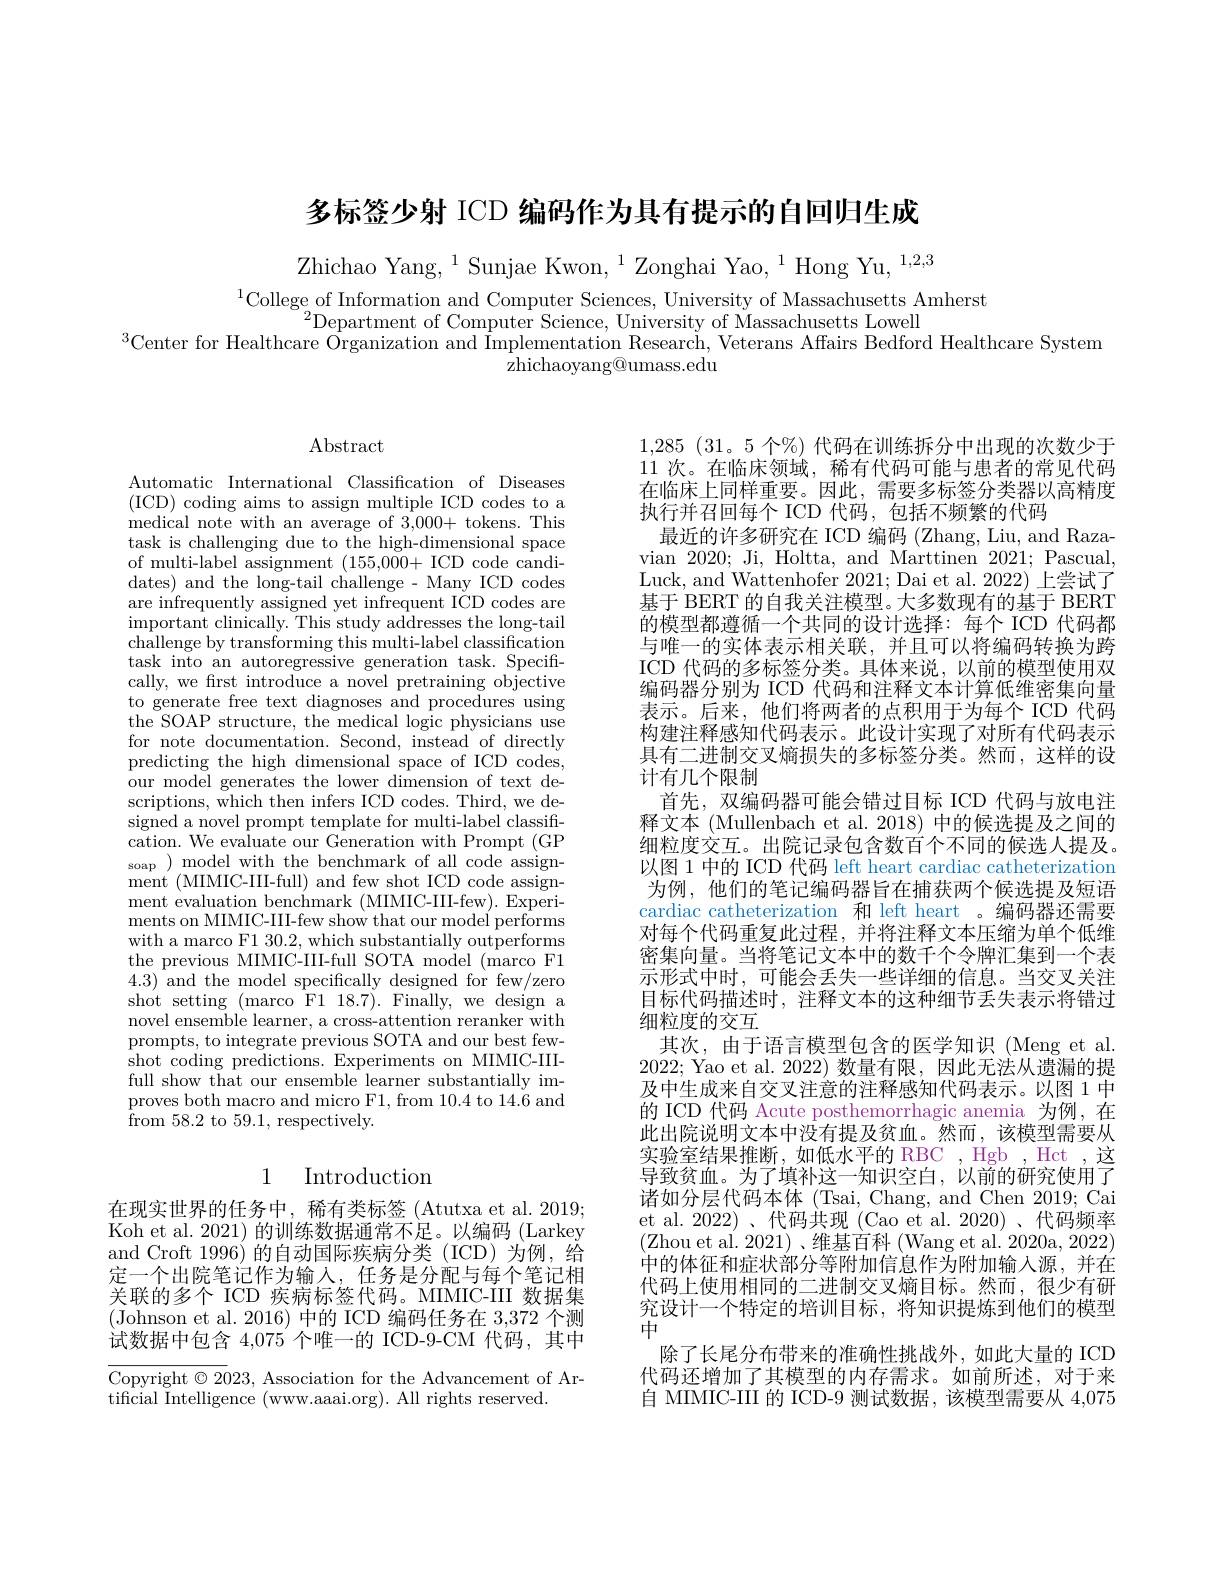
多标签少射 ICD 编码作为具有提示的自回归生成

Zhichao Yang, $^1$Sunjae Kwon,$^1$Zonghai Yao,$^1$Hong Yu,$^{1,2,3}$

$^{1}$College of Information and Computer Sciences, University of Massachusetts Amherst
$^{2}$Department of Computer Science, University of Massachusetts Lowell
$^{3}$Center for Healthcare Organization and Implementation Research, Veterans Affairs Bedford Healthcare System
zhichaoyang@umass.edu

$\operatorname{Abstract}$

Automatic International Classification of Diseases ( ICD) coding aims to assign multiple ICD codes to a ${\mathrm{medical~note~with~an~average~of~3,000+~tokens.~This}}$ task is challenging due to the high-dimensional space of multi-label assignment $(155,0\bar{0}0+$ ICD code candidates) and the long-tail challenge - Many ICD codes are infrequently assigned yet infrequent ICD codes are important clinically. This study addresses the long-tail $\bar{\text{challenge by transforming this multi-label classification}}$ task into an autoregressive generation task. Specifically, we first introduce a novel pretraining objective to generate free text diagnoses and procedures using the SOAP structure, the medical logic physicians use for note documentation. Second, instead of directly predicting the high dimensional space of ICD codes, our model generates the lower dimension of text descriptions, which then infers ICD codes. Third, we designed a novel prompt template for multi-label classifi- $\bar{\text{cation. We evaluate our Generation with Prompt (GP})}$ soap ) model with the benchmark of all code assignment (MIMIC-III-full) and few shot ICD code assignment evaluation benchmark (MIMIC-III-few). Experiments on MIMIC-III-few show that our model performs with a marco F1 30.2, which substantially outperforms the previous MIIMIC-III-full SOTA model (marco F14.3) and the model specifically designed for few/zero shot setting (marco F1 18.7). Finally, we design a novel ensemble learner, a cross-attention reranker with prompts, to integrate previous SOTA and our best fewshot coding predictions. Experiments on MIMIC-IIIfull show that our ensemble learner substantially improves both macro and micro F1, from 10.4 to 14.6 and ${\tilde{\mathrm{from~58.2~to~59.1,~respectively.}}}$

## 1 Introduction

在现实世界的任务中，稀有类标签 (Atutxa et al. 2019; Koh et al. 2021) 的训练数据通常不足。以编码 (Larkey and Croft 1996)的自动国际疾病分类(ICD)为例，给定一个出院笔记作为输入，任务是分配与每个笔记相关联的多个 ICD 疾病标签代码。MIMIC-III 数据集(Johnson et al. 2016)中的 ICD 编码任务在 3,372 个测试数据中包含 4,075 个唯一的 ICD-9-CM 代码，其中

Copyright $\odot2023$, Association for the Advancement of Ar-
tificial Intelligence (www.aaai.org). All rights reserved

$1,285~(31。5~个%)~$代码在训练拆分中出现的次数少于11 次。在临床领域，稀有代码可能与患者的常见代码在临床上同样重要。因此，需要多标签分类器以高精度执行并召回每个 ICD 代码，包括不频繁的代码
最近的许多研究在 ICD 编码 (Zhang, Liu, and Razavian 2020; Ji, Holtta, and Marttinen 2021; Pascual, Luck, and Wattenhofer 2021; Dai et al. 2022) 上尝试了基于 BERT 的自我关注模型。大多数现有的基于 BERT 的模型都遵循一个共同的设计选择：每个 ICD 代码都与唯一的实体表示相关联，并且可以将编码转换为跨ICD 代码的多标签分类。具体来说，以前的模型使用双编码器分别为 ICD 代码和注释文本计算低维密集向量表示。后来，他们将两者的点积用于为每个 ICD 代码构建注释感知代码表示。此设计实现了对所有代码表示具有二进制交叉熵损失的多标签分类。然而，这样的设计有几个限制
首先，双编码器可能会错过目标 ICD 代码与放电注释文本 (Mullenbach et al. 2018) 中的候选提及之间的细粒度交互。出院记录包含数百个不同的候选人提及。以图 1 中的 ICD 代码 left heart cardiac catheterization 为例，他们的笔记编码器旨在捕获两个候选提及短语cardiac catheterization 和 left heart 。编码器还需要对每个代码重复此过程，并将注释文本压缩为单个低维密集向量。当将笔记文本中的数千个令牌汇集到一个表示形式中时，可能会丢失一些详细的信息。当交叉关注目标代码描述时，注释文本的这种细节丢失表示将错过细粒度的交互
其次，由于语言模型包含的医学知识(Meng et al. 2022; Yao et al.2022)数量有限，因此无法从遗漏的提及中生成来自交叉注意的注释感知代码表示。以图 1 中的 ICD 代码 Acute posthemorrhagic anemia 为例，在此出院说明文本中没有提及贫血。然而，该模型需要从实验室结果推断，如低水平的 RBC , Hgb , Hct , 这导致贫血。为了填补这一知识空白，以前的研究使用了诸如分层代码本体 (Tsai, Chang, and Chen 2019; Cai et al. 2022)、代码共现 (Cao et al. 2020)、代码频率(Zhou et al. 2021)、维基百科 (Wang et al. 2020a, 2022) 中的体征和症状部分等附加信息作为附加输入源，并在代码上使用相同的二进制交叉熵目标。然而，很少有研究设计一个特定的培训目标，将知识提炼到他们的模型中
除了长尾分布带来的准确性挑战外，如此大量的 ICD 代码还增加了其模型的内存需求。如前所述，对于来自 MIMIC-III 的 ICD-9 测试数据，该模型需要从 4,075